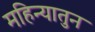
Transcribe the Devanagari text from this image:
महिन्यातुन